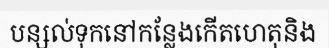
បន្សល់ទុកនៅកន្លែងកើតហេតុនិង